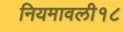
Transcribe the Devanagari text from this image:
नियमावली१८